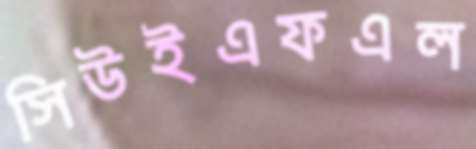
সিউইএফএল